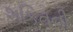
શકિતની